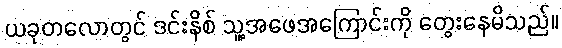
ယခုတလောတွင် ဒင်းနိစ် သူ့အဖေအကြောင်းကို တွေးနေမိသည်။